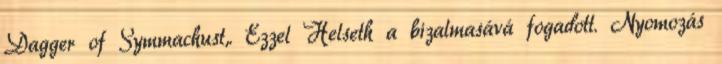
Dagger of Symmachust,. Ezzel Helseth a bizalmasává fogadott. Nyomozás